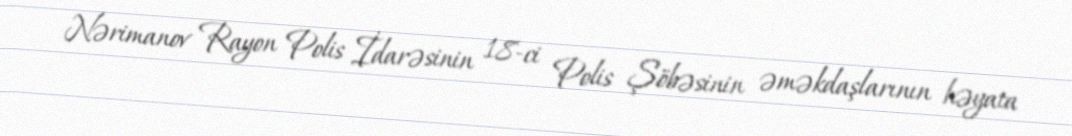
Nərimanov Rayon Polis İdarəsinin 18-ci Polis Şöbəsinin əməkdaşlarının həyata